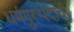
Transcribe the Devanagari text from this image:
धर्मगुरूपदाची